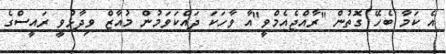
އެ ކަމާ ބެހޭ ގޮތުން "ރާއްޖެއެމްވީ"އާ ވާހަކަ ދައްކަވަމުން މުއާޒް ވިދާޅުވީ ރައީސްގެ